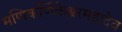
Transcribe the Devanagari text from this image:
मणिकर्णिकेश्वरमहादेव